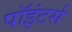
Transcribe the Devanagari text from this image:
पॉइंटर्स